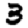
Digit: 3